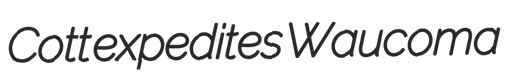
Cott expedites Waucoma